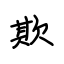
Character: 欺